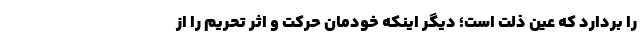
را بردارد که عین ذلت است؛ دیگر اینکه خودمان حرکت و اثر تحریم را از